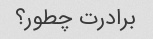
برادرت چطور؟